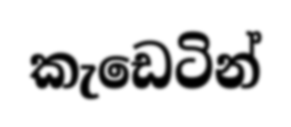
කැඩෙටින්